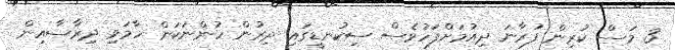
3 މަސް ކުރިން ފުރާނަ ދިއުމަށްފަހުވެސް ސިކުނޑީގައި ދިރުން ހުންނަކަން ހާމަވި ދިރާސާއިން